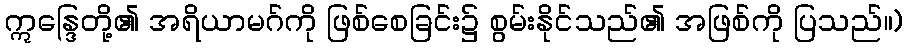
ဣန္ဒြေတို့၏ အရိယာမဂ်ကို ဖြစ်စေခြင်း၌ စွမ်းနိုင်သည်၏ အဖြစ်ကို ပြသည်။)